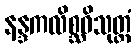
နန္ဒကလိစ္ဆဝိသုတ္တံ